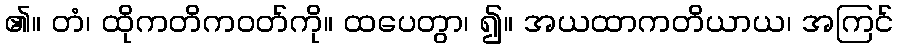
၏။ တံ၊ ထိုကတိကဝတ်ကို။ ထပေတွာ၊ ၍။ အယထာကတိယာယ၊ အကြင်